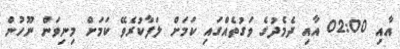
އާއި 02:00 އާއި ދެމެދުގެ ވަގުތެއްގައި ކަމަށް ލަފާކުރެވޭ ކަމަށް މިނިވަން ނޫހުން